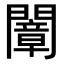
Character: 𨶤